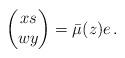
LaTeX: \begin{align*} \begin{pmatrix} x s \\ w y \end{pmatrix} = \bar{\mu}(z) e \, .\end{align*}